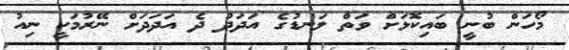
މޯހަން ބުނީ ބައިކޮޅަށް ވަތް ލަނޑުގެ އަދަދު ދެ އަދަދަށް ނޭރުމަކީ ނިއު